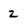
Character: 2